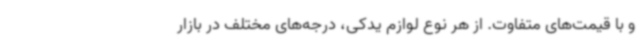
و با قیمت‌های متفاوت. از هر نوع لوازم یدکی، درجه‌های مختلف در بازار